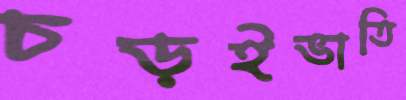
চড়ইভাতি